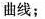
曲线；